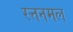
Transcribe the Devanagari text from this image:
रत्तनमल